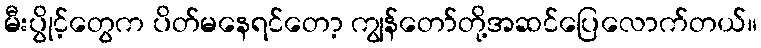
မီးပွိုင့်တွေက ပိတ်မနေရင်တော့ ကျွန်တော်တို့အဆင်ပြေလောက်တယ်။